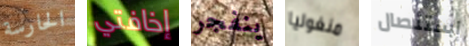
الحارسة إخافتي ينفجر منغوليا إستئصال